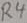
Text: R4